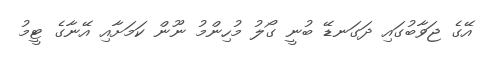
އޭގެ ޖަވާބުގައި ދަގަނޑޭ ބުނީ ގޯލު މުހިންމު ނޫން ކަމަށާއި އޭނާގެ ޓީމު